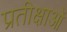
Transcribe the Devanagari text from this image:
प्रतीक्षाओं